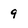
Character: 9